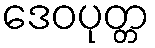
ဒေဝပုတ္တ